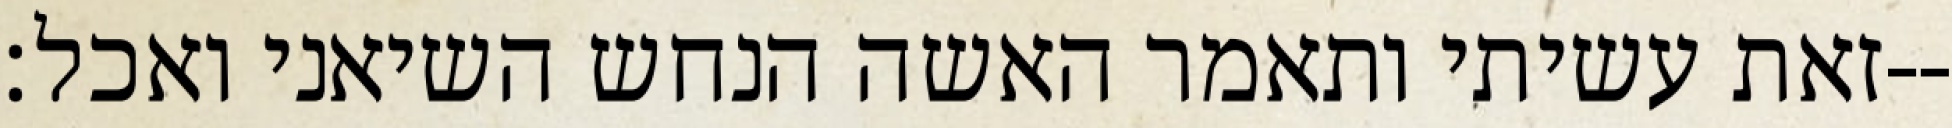
זאת עשיתי ותאמר האשה הנחש השיאני ואכל׃--